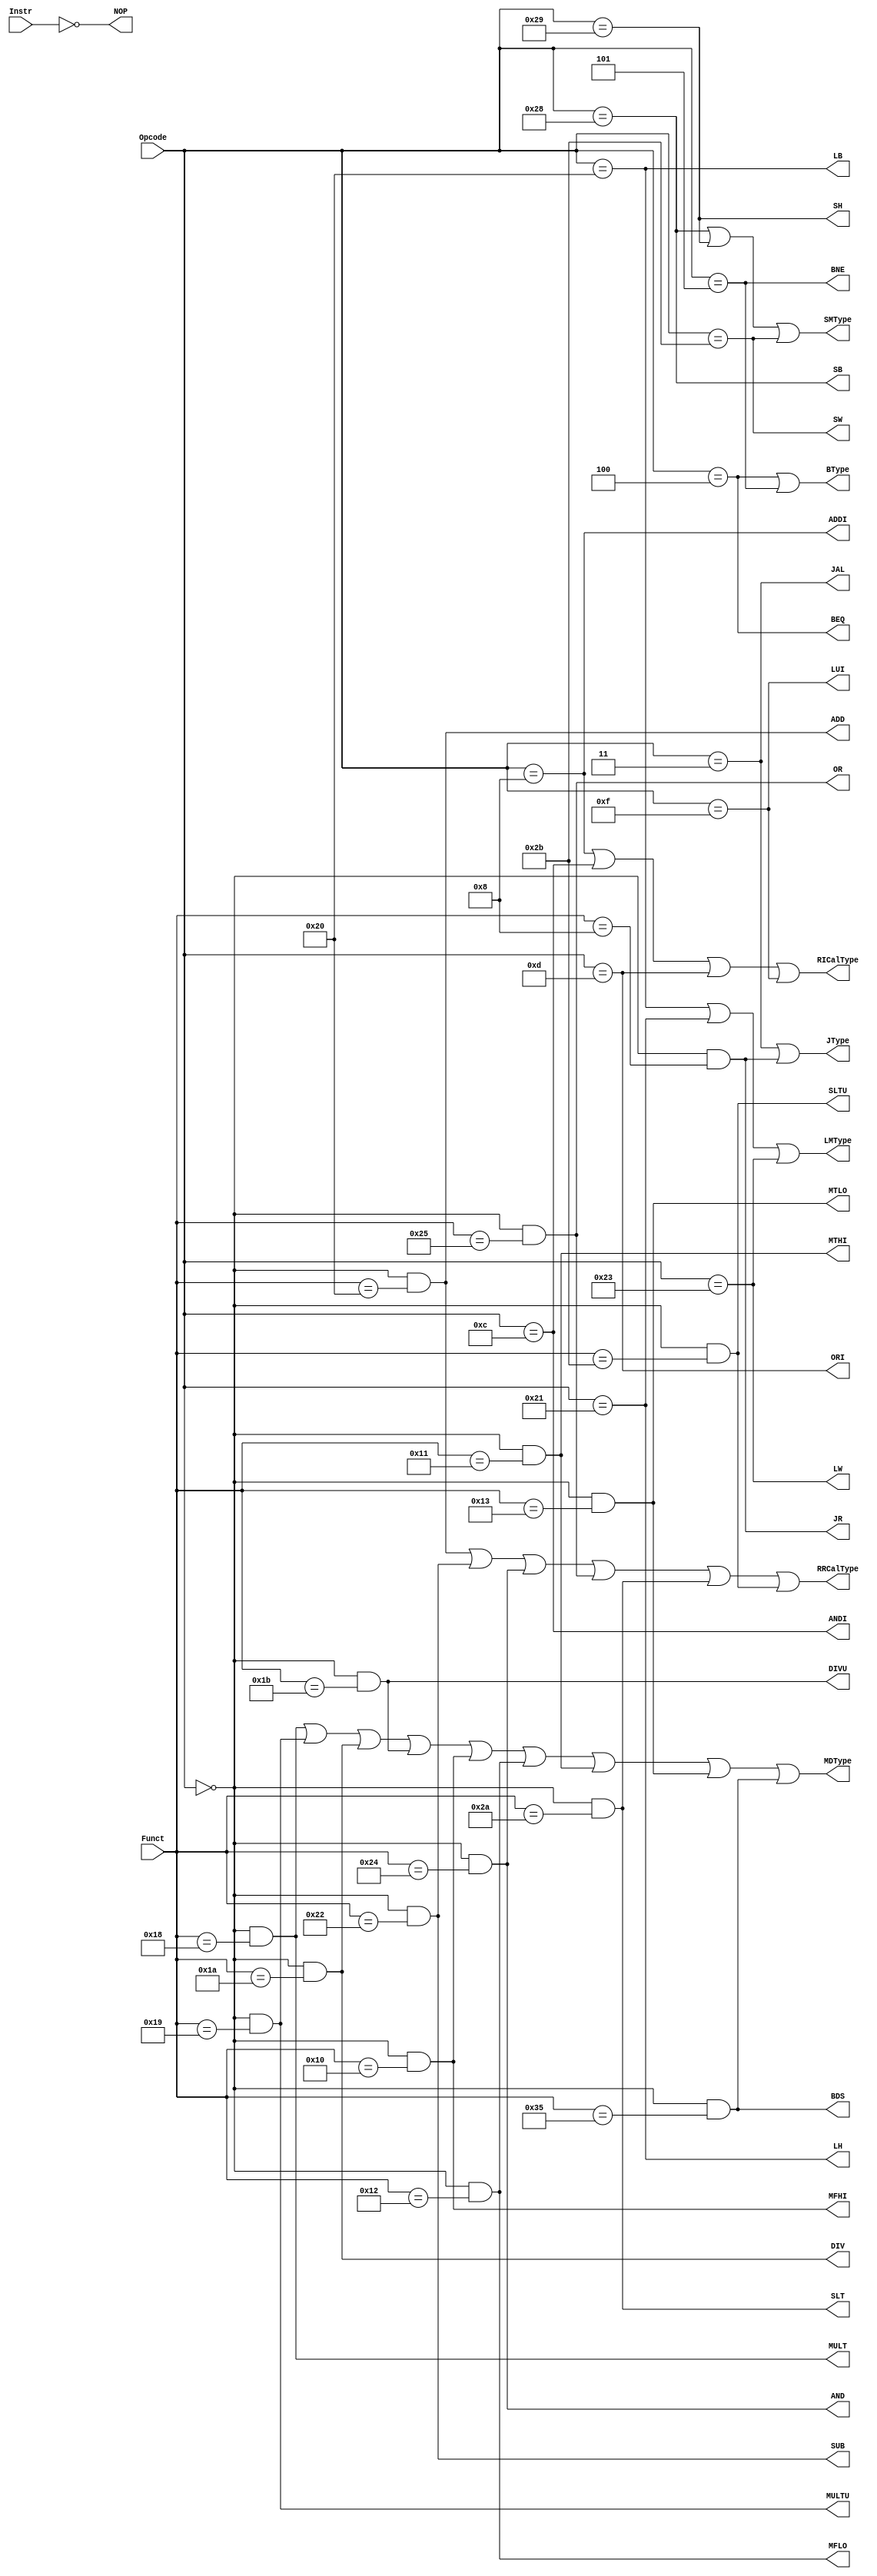
`timescale 1ns / 1ps
`default_nettype none
module TypeDecoder (
    input wire [31:0] Instr,
    input wire [5:0] Opcode, Funct,

    output wire RRCalType, ADD, SUB, AND, OR, SLT, SLTU,
    output wire RICalType, ADDI, ANDI, ORI, LUI,
    output wire LMType, LB, LH, LW,
    output wire SMType, SB, SH, SW,
    output wire MDType, MULT, MULTU, DIV, DIVU, MFHI, MFLO, MTHI, MTLO, BDS,
    output wire BType, BEQ, BNE,
    output wire JType, JAL, JR,
    output wire NOP
);
    assign RRCalType = ADD | SUB | AND | OR | SLT | SLTU;
    assign ADD = (Opcode == 6'b000000) && (Funct == 6'b100000);
    assign SUB = (Opcode == 6'b000000) && (Funct == 6'b100010);
    assign AND = (Opcode == 6'b000000) && (Funct == 6'b100100);
    assign OR = (Opcode == 6'b000000) && (Funct == 6'b100101);
    assign SLT = (Opcode == 6'b000000) && (Funct == 6'b101010);
    assign SLTU = (Opcode == 6'b000000) && (Funct == 6'b101011);

    assign RICalType = ADDI | ANDI | ORI | LUI; 
    assign ADDI = (Opcode == 6'b001000);
    assign ANDI = (Opcode == 6'b001100);
    assign ORI = (Opcode == 6'b001101);
    assign LUI = (Opcode == 6'b001111);

    assign LMType = LB | LH | LW;
    assign LB = (Opcode == 6'b100000);
    assign LH = (Opcode == 6'b100001);
    assign LW = (Opcode == 6'b100011);

    assign SMType = SB | SH | SW;
    assign SB = (Opcode == 6'b101000);
    assign SH = (Opcode == 6'b101001);
    assign SW = (Opcode == 6'b101011);

    assign MDType = MULT | MULTU | DIV | DIVU | MFHI | MFLO | MTHI | MTLO | BDS;
    assign MULT = (Opcode == 6'b000000) && (Funct == 6'b011000);
    assign MULTU = (Opcode == 6'b000000) && (Funct == 6'b011001);
    assign DIV = (Opcode == 6'b000000) && (Funct == 6'b011010);
    assign DIVU = (Opcode == 6'b000000) && (Funct == 6'b011011);
    assign MFHI = (Opcode == 6'b000000) && (Funct == 6'b010000);
    assign MFLO = (Opcode == 6'b000000) && (Funct == 6'b010010);
    assign MTHI = (Opcode == 6'b000000) && (Funct == 6'b010001);
    assign MTLO = (Opcode == 6'b000000) && (Funct == 6'b010011);
    assign BDS = (Opcode == 6'b000000) && (Funct == 6'b110101);

    assign BType = BEQ | BNE;
    assign BEQ = (Opcode == 6'b000100);
    assign BNE = (Opcode == 6'b000101);

    assign JType = JAL | JR;
    assign JAL = (Opcode == 6'b000011);
    assign JR = (Opcode == 6'b000000) && (Funct == 6'b001000);

    assign NOP = (Instr == 32'd0);
endmodule